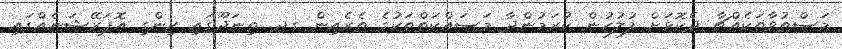
މަސްތުވާތަކެއްޗާ ދެކޮޅަށް ފުލުހުން ކުރަމުންދާ މަސައްކަތްތަކުގެ ތެރެއިން ގދ. ތިނަދޫގައި ހިންގި އޮޕަރޭޝަނެއްގައި